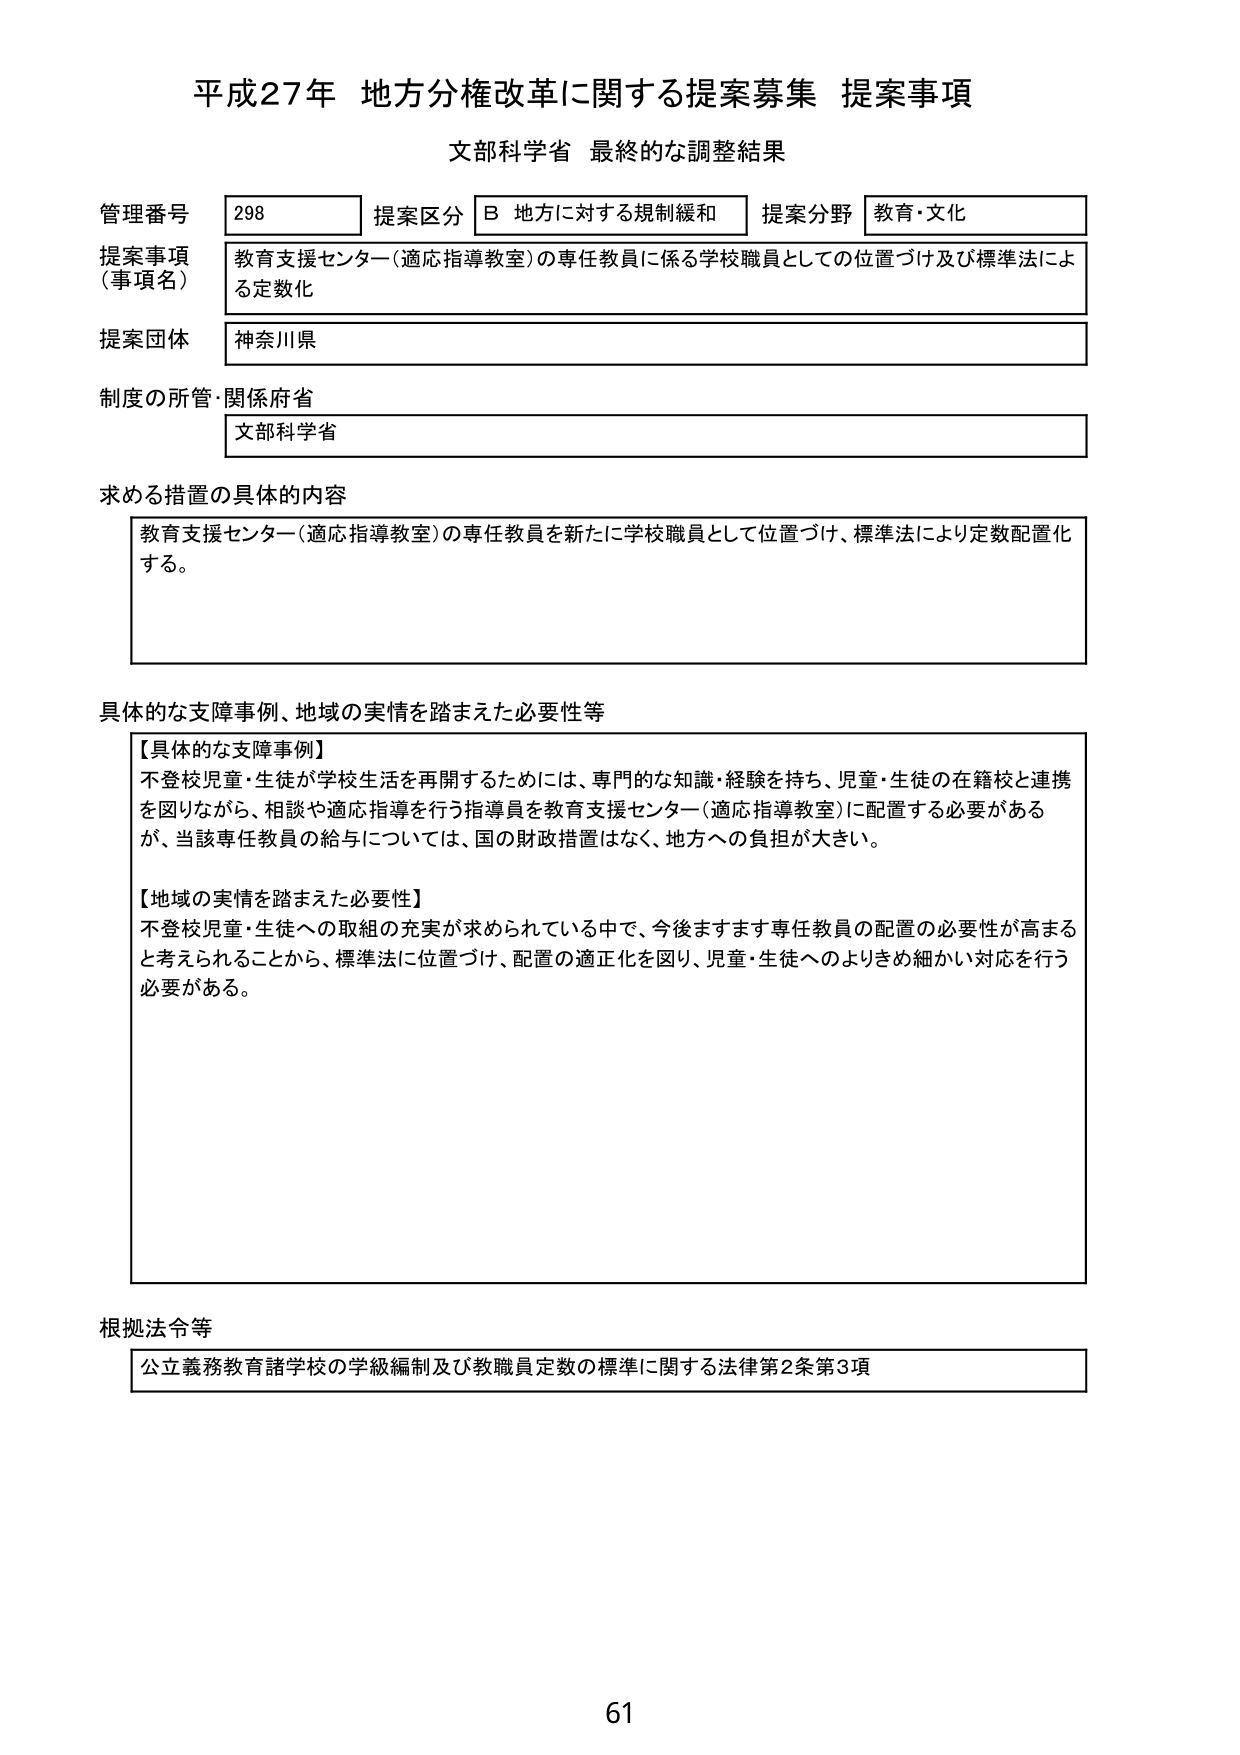
平成27年 地方分権改革に関する提案募集 提案事項
文部科学省 最終的な調整結果

管理番号 298 提案区分 B 地方に対する規制緩和 提案分野 教育・文化
提案事項（事項名） 教育支援センター（適応指導教室）の専任教員に係る学校職員としての位置づけ及び標準法による定数化
提案団体 神奈川県
制度の所管・関係府省 文部科学省

求める措置の具体的内容
教育支援センター（適応指導教室）の専任教員を新たに学校職員として位置づけ、標準法により定数配置化する。

具体的な支障事例、地域の実情を踏まえた必要性等
【具体的な支障事例】
不登校児童・生徒が学校生活を再開するためには、専門的な知識・経験を持ち、児童・生徒の在籍校と連携を図りながら、相談や適応指導を行う指導員を教育支援センター（適応指導教室）に配置する必要があるが、当該専任教員の給与については、国の財政措置はなく、地方への負担が大きい。

【地域の実情を踏まえた必要性】
不登校児童・生徒への取組の充実が求められている中で、今後ますます専任教員の配置の必要性が高まると考えられることから、標準法に位置づけ、配置の適正化を図り、児童・生徒へのよりきめ細かい対応を行う必要がある。

根拠法令等
公立義務教育諸学校の学級編制及び教職員定数の標準に関する法律第2条第3項

61